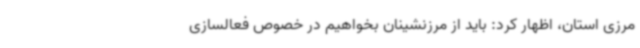
مرزی استان، اظهار کرد: باید از مرزنشینان بخواهیم در خصوص فعالسازی